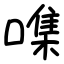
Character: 㗱